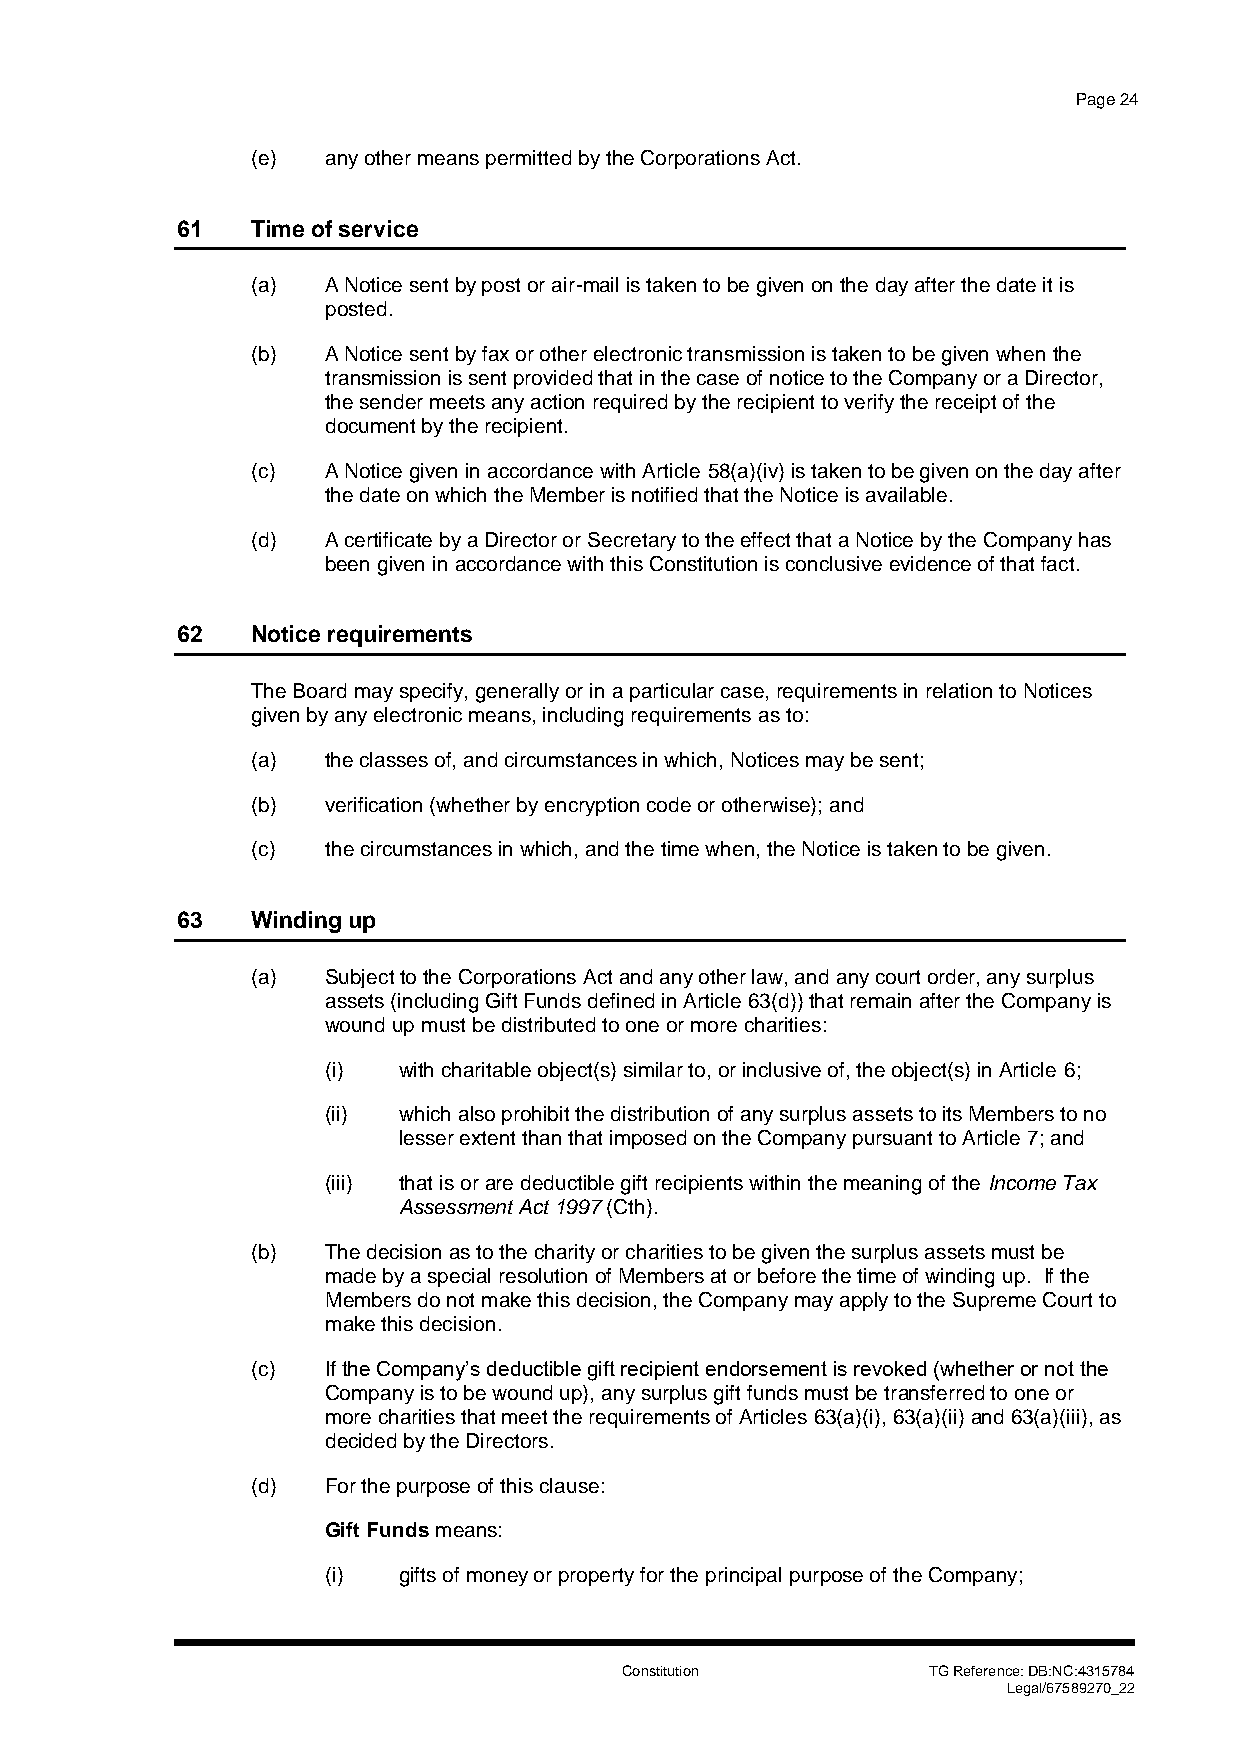
Page 24
 (e)  any other means permitted by the Corporations Act.
 61   Time of service
 (a)  A Notice sent by post or air-mail is taken to be given on the day after the date it is
 posted.
 (b)  A Notice sent by fax or other electronic transmission is taken to be given when the
 transmission is sent provided that in the case of notice to the Company or a Director,
 the sender meets any action required by the recipient to verify the receipt of the
 document by the recipient.
 (c)  A Notice given in accordance with Article 58(a)(iv) is taken to be given on the day after
 the date on which the Member is notified that the Notice is available.
 (d)  A certificate by a Director or Secretary to the effect that a Notice by the Company has
 been given in accordance with this Constitution is conclusive evidence of that fact.
 62   Notice requirements
 The Board may specify, generally or in a particular case, requirements in relation to Notices
 given by any electronic means, including requirements as to:
 (a)  the classes of, and circumstances in which, Notices may be sent;
 (b)  verification (whether by encryption code or otherwise); and
 (c)  the circumstances in which, and the time when, the Notice is taken to be given.
 63   Winding up
 (a)  Subject to the Corporations Act and any other law, and any court order, any surplus
 assets (including Gift Funds defined in Article 63(d)) that remain after the Company is
 wound up must be distributed to one or more charities:
 (i) with charitable object(s) similar to, or inclusive of, the object(s) in Article 6;
 (ii) which also prohibit the distribution of any surplus assets to its Members to no
 lesser extent than that imposed on the Company pursuant to Article 7; and
 (iii) that is or are deductible gift recipients within the meaning of the Income Tax
 Assessment Act 1997 (Cth).
 (b)  The decision as to the charity or charities to be given the surplus assets must be
 made by a special resolution of Members at or before the time of winding up. If the
 Members do not make this decision, the Company may apply to the Supreme Court to
 make this decision.
 (c)  If the Company’s deductible gift recipient endorsement is revoked (whether or not the
 Company is to be wound up), any surplus gift funds must be transferred to one or
 more charities that meet the requirements of Articles 63(a)(i), 63(a)(ii) and 63(a)(iii), as
 decided by the Directors.
 (d)  For the purpose of this clause:
 Gift Funds means:
 (i) gifts of money or property for the principal purpose of the Company;
 Constitution        TG Reference: DB:NC:4315784
 Legal/67589270_22